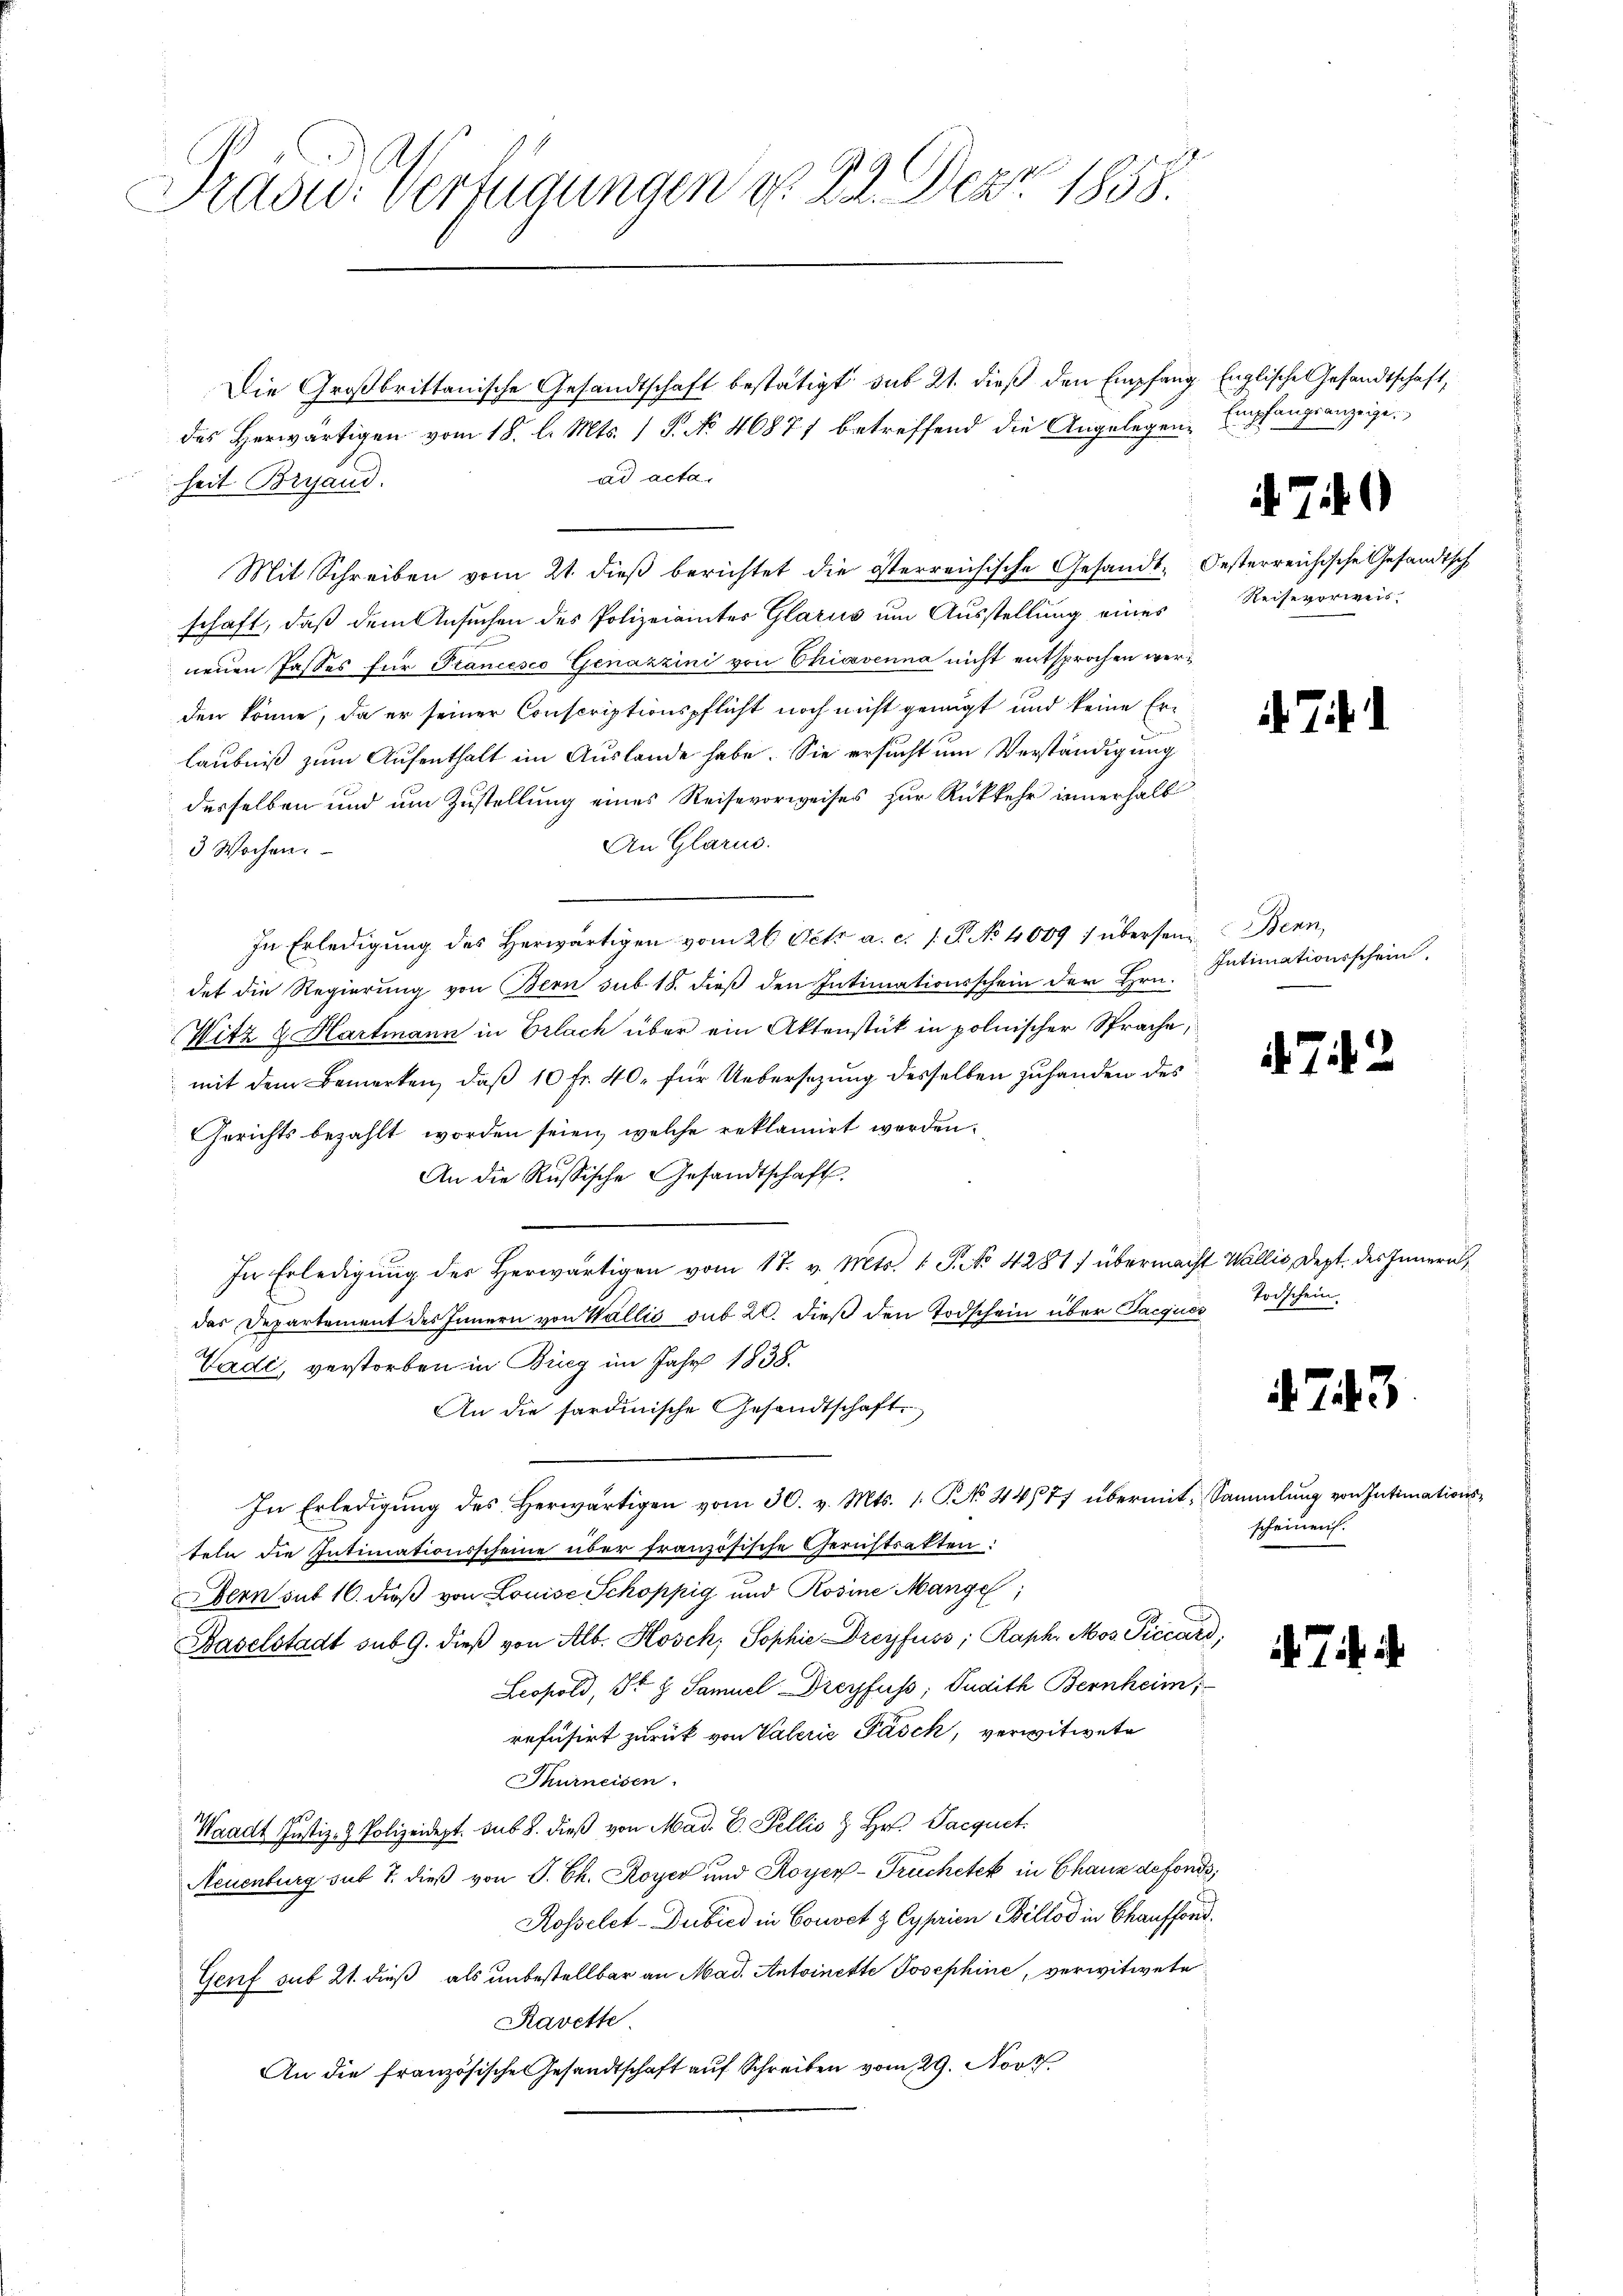
Prasw: Verfügungen v. 22. Dez. 1858.

Die Großbrittanische Gesandtschaft bestätigt, sub 21. dieß den Empfang, Englische Gesandtschaft,
heit Bresand.
Mit Schreiben vom 21. dieß berichtet die österreichische Gesandt. Oesterreichische Gesandtsch
schaft, daß dem Ansuchen des Polizeiamtes Glarus um Ausstellung eines
neuen Jasses für Prancesco Gjenazzini von Chiavenna nicht entsprochen werden könne, da er seiner Conscriptionspflicht noch nicht genügt und keine Erlaubniß zum Aufenthalt im Auslande habe. Sie ersucht um Verständigung
desselben und um Zustellung eines Reisevorweises zur Rückkehr innerhalb
An Glarus
3 Wochen.
In Erledigung des Herwärtigen vom 26. Petr. a. c. 1. P. No 4089) übersen Benn
det die Regierung von Bern sub. 18. dieß den Intimationsschein der Hrn.
Witz & Hartmann in Erlach über ein Aktenstück in polnischer Sprache,
mit dem Bemerken, daß 10 fr. 40. für Uebersezung desselben zuhanden des
Gerichts bezahlt worden seien, welche reklamirt werden.
An die Russische Gesandtschaft
In Erledigung des Herwärtigen vom 17. v. Mts. 1. P. No 4281) übermacht Wallis, Dept. des Innern,
das Departement des Innern von Wallis sub 20. dieß den Todschein über Sargicos Todschein,
Vadi, verstorben in Bieg im Jahr 1838.
An die sardinische Gesandtschaft
In Erledigŭng des herwärtigen vom 30. v. Mts. 1. No 44/77 übermit, Sammlung von Intimations-
teln die Intimationsscheine über französische Gerichtsakten:
Dern sit 16. daß von Louise Schoppig und Rosine Mange;
Baselstadt sub 9. dieß von Alb. Kosch, Sophie Dreyfuss; Raph. Mos. Piccard,
Leopold, St. G. Samuel Dreyfuss, Judith Bernheim;
refusirt zurück von Valerie Pasch, verwitwete
Thurneisen.
Waadt Justiz- & Polizeidept. sub 8. dieß von Mad. E. Fellis & Hr. Jacquet
Neuenburg sub 7. dieß von P. Ch. Royer und Koyer-Truchetek in Chauz defonds,
Rosselet-Dubied in Convet z Cyprien Billod in Chaufford
Genf sub 21. dieß als unbestellbar an Mad. Antoinette Josephine, verwitwete
Ravette
An die französische Gesandtschaft auf Schreiben vom 29. Nov.

des Herwärtigen vom 18. l. Mts. 1 P. No 46877 betreffend die Angelegenad acta

Empfangsanzeige.

Reisevorweis.

Intimationsschein

scheinen.

74

. 7

743.

i